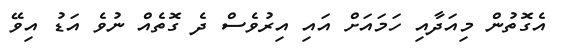
އެގޮތުން މިއަދާއި ހަމައަށް އައި އިރުވެސް ދެ ގޮތެއް ނުވެ އަޑު އިވޭ